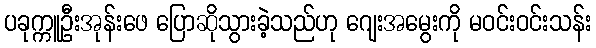
ပခုက္ကူဦးအုန်းဖေ ပြောဆိုသွားခဲ့သည်ဟု ဂျေးအမွေးကို မဝင်းဝင်းသန်း